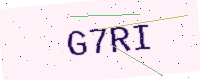
Text: G7RI